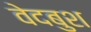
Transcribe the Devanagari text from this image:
वेदबुश